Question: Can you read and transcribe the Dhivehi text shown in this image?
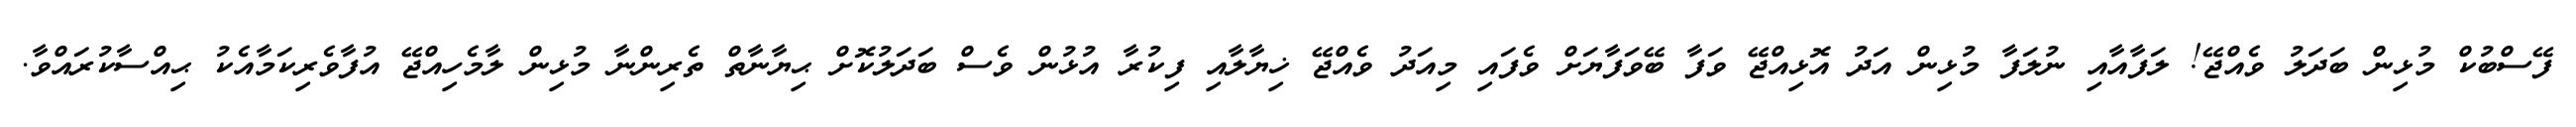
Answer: ފޭސްބުކް މުޅިން ބަދަލު ވެއްޖޭ! ލަފާއާއި ނުލަފާ މުޅިން އަދު އޮޅިއްޖޭ ވަފާ ބޭވަފާޔަށް ވެފައި މިއަދު ވެއްޖޭ ޚިޔާލާއި ފިކުރާ އުޅުން ވެސް ބަދަލުކޮށް ޙިޔާނާތް ތެރިންނާ މުޅިން ލާމެހިއްޖޭ އުފާވެރިކަމާއެކު ޙިއްސާކުރައްވާ.